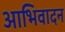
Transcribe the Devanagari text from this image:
आभिवादन